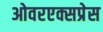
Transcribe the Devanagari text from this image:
ओवरएक्सप्रेस